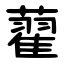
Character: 藋